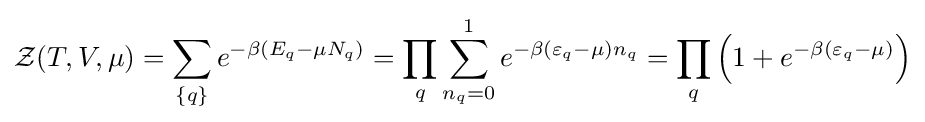
{\mathcal {Z}}(T,V,\mu )=\sum _{\{q\}}e^{-\beta (E_{q}-\mu N_{q})}=\prod _{q}\sum _{n_{q}=0}^{1}e^{-\beta (\varepsilon _{q}-\mu )n_{q}}=\prod _{q}\left(1+e^{-\beta (\varepsilon _{q}-\mu )}\right)